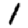
Digit: 1